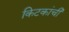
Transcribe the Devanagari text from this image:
किटकांची